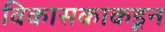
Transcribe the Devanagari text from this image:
विकासकाकडून